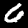
Label: 6